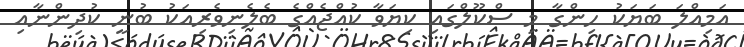
އަމިއްލަ ބަަޔަކު ހިންގާ މި ސްކޫލްގައި ކިޔަވާ ކުއްޖެއްގެ ބެލެނިވެރިއަކު ބުނީ ކުދިންނާއި